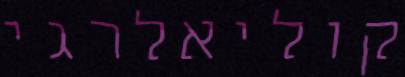
קוליאלרגי